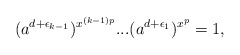
\begin{align*}(a^{d+\epsilon_{k-1}})^{x^{(k-1)p}} ... (a^{d+\epsilon_1})^{x^{p}} = 1,\end{align*}